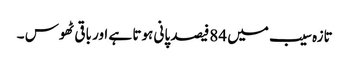
تازہ سیب میں 84فیصد پانی ہوتا ہے اور باقی ٹھوس ۔